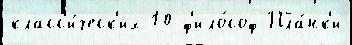
класс'и́ческ'их 10 ф'ило́соф Пла́нк'и